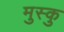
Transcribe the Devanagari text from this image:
मुस्कु